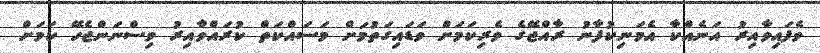
ވެފައިވާއިރު އަނެއްކާ އެމަނިކުފާނު ރާއްޖޭގެ ވެރިކަމަށް ވަޑައިގަތުމަށް މަސައްކަތް ކުރައްވާއިރު ވިސްނަންޖެހޭ ކަމަށް